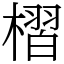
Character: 槢